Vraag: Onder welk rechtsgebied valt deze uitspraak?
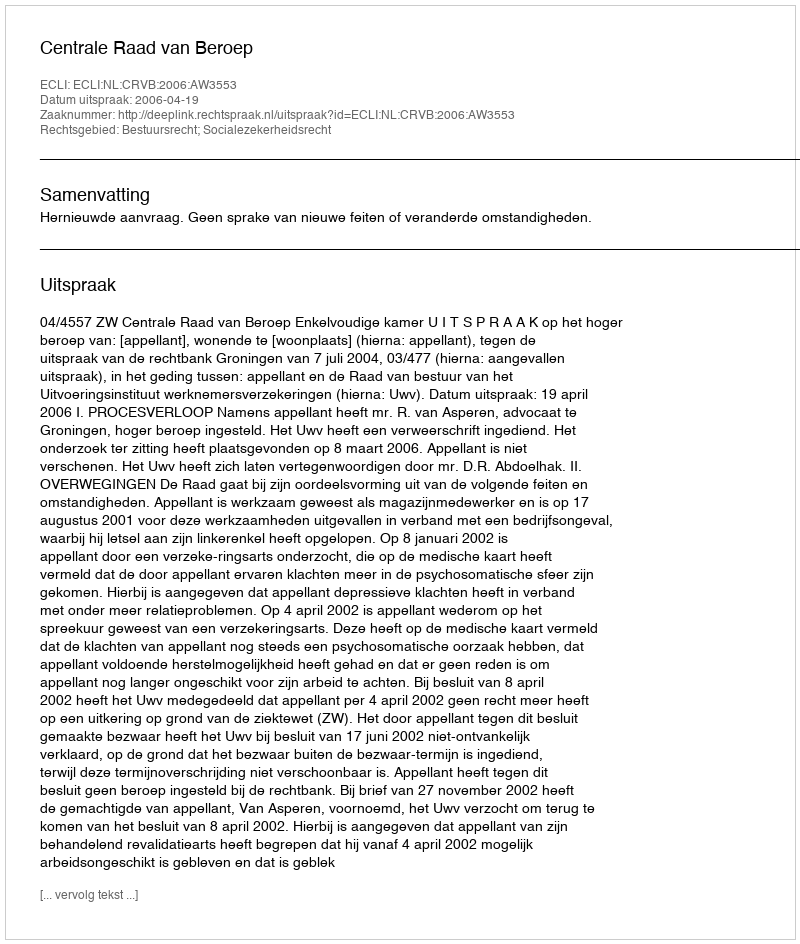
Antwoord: Bestuursrecht; Socialezekerheidsrecht